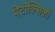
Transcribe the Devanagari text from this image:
पेंटोक्सिली